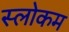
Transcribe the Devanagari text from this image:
स्‍लोकम